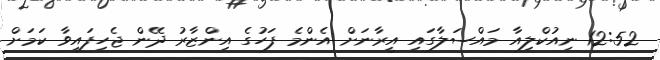
12:52 ނިއުކްލިއާ މައްސަލާގައި އީރާނަށް އެންމެ ފަހުގެ އިންޒާރު ދޭން ޖެހިފައިވާ ކަމަށް